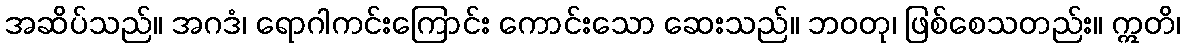
အဆိပ်သည်။ အဂဒံ၊ ရောဂါကင်းကြောင်း ကောင်းသော ဆေးသည်။ ဘဝတု၊ ဖြစ်စေသတည်း။ ဣတိ၊